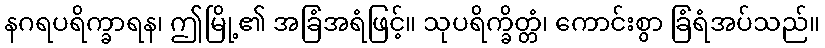
နဂရပရိက္ခာရန၊ ဤမြို့၏ အခြံအရံဖြင့်။ သုပရိက္ခိတ္တံ၊ ကောင်းစွာ ခြံရံအပ်သည်။